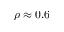
\rho \approx 0 . 6